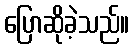
ပြောဆိုခဲ့သည်။